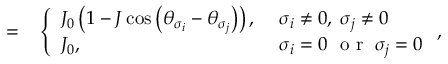
\begin{array} { r l } { = } & { { } \left\{ \begin{array} { l l } { J _ { 0 } \left( 1 - J \cos \left( \theta _ { \sigma _ { i } } - \theta _ { \sigma _ { j } } \right) \right) , \ } & { \sigma _ { i } \neq 0 , \; \sigma _ { j } \neq 0 } \\ { J _ { 0 } , } & { \sigma _ { i } = 0 \ \mathrm { ~ o ~ r ~ } \; \sigma _ { j } = 0 } \end{array} \right. , } \end{array}